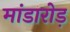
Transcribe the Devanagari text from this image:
मांडारोड़